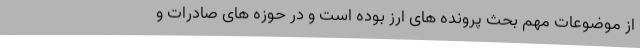
از موضوعات مهم بحث پرونده های ارز بوده است و در حوزه های صادرات و